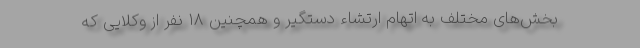
بخش‌های مختلف به اتهام ارتشاء دستگیر و همچنین ۱۸ نفر از وکلایی که